Scottish Leaving Certificate Examination, 1954
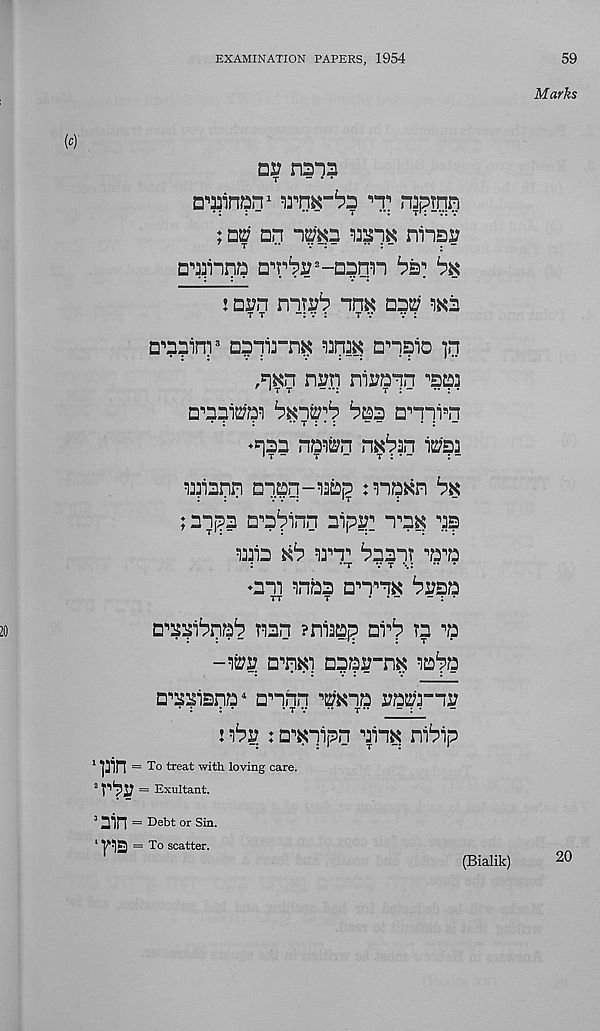
EXAMINATION PAPERS, 1954
59
(o)
air nans
T
- • •
D^inpn 1
™pTqn
;
an n^a
ninsr
a^inna aT^-aaqm
^
j ai?n mri?^ nnK aas; wa
t t
t v
v :
D ,, a?inr D5nirn^
anqio ]n
,q^n nrq niuaqn ^sp?
a^aai^
baa □‘’nn : i B n
♦qaa nawn n*6an iPaa
ipiann an.pn-^aq mpxn
;anqa a^a^inn aipsq n B a^ a?
ana
arr ^aanr B a B a
:
‘t v t ••.: •• •
♦am inba ammK ^rsa
TT
T
. . -
- : •
B^ai^naq nan ?naap ar^ ra B a
-^g a B nKi aapa-n^: la^a
a^aiana 1 amnn nftoa aaPrir
. ;
. .
• t v •• t **
- : •
: >ibv : : a^nipn ain^ ni^ip
qnn = To treat with loving care.
a rpj? = Exultant.
3 Bin = Debt or Sin.
713 = To scatter.
Marks
(Bialik)
20